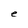
Character: e